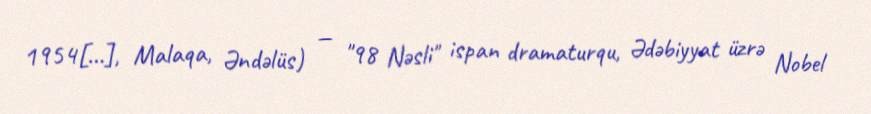
1954[…], Malaqa, Əndəlüs) — "98 Nəsli" ispan dramaturqu, Ədəbiyyat üzrə Nobel